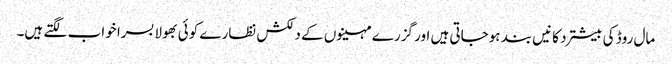
مال روڈ کی بیشترد کانیں بند ہوجاتی ہیں اور گزرے مہینوں کے دلکش نظارے کوئی بھولا بسرا خواب لگتے ہیں۔